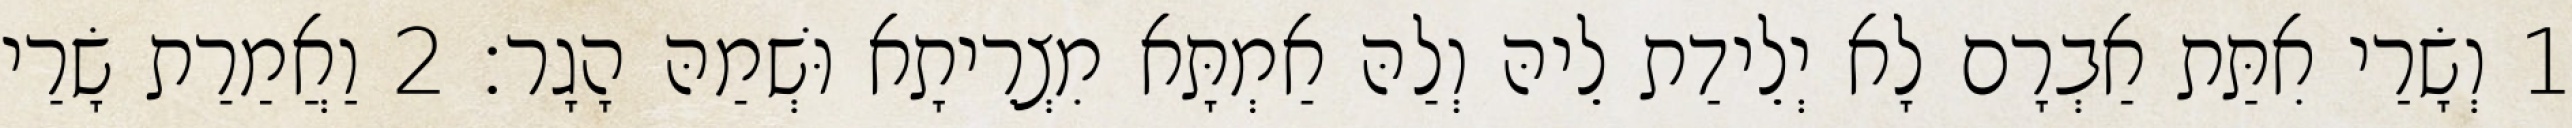
1 וְשָׂרַי אִתַּת אַבְרָם לָא יְלֵידַת לֵיהּ וְלַהּ אַמְתָּא מִצְרֵיתָא וּשְׁמַהּ הָגָר׃ 2 וַאֲמַרַת שָׂרַי